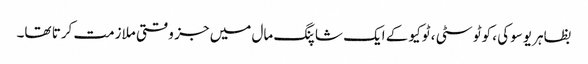
بظاہر یوسوکی ، کوٹو سٹی ، ٹوکیو کے ایک شاپنگ مال میں جز وقتی ملازمت کرتا تھا۔